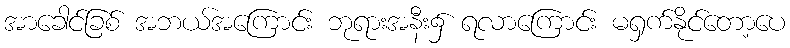
အာခေါင်ခြစ် အဘယ်အကြောင်း ဘုရားအနီး၌ ရလာကြောင်း မရှက်နိုင်တော့ပေ